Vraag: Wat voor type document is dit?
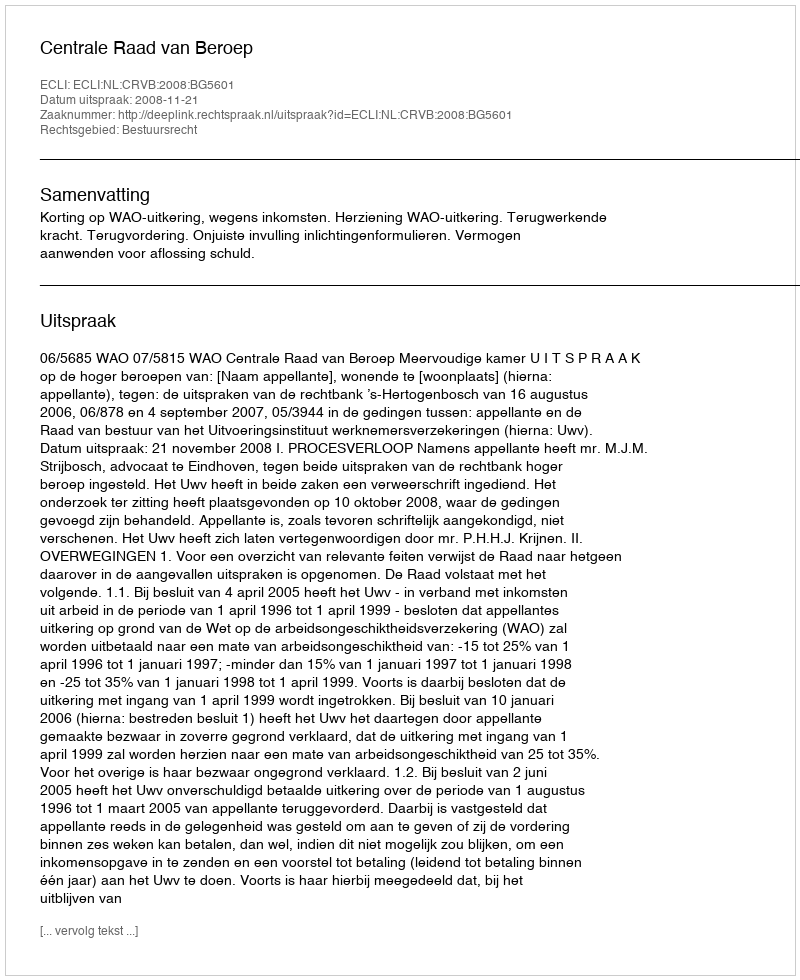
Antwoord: Uitspraak